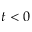
t < 0